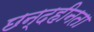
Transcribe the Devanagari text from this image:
छन्दहीनता